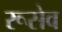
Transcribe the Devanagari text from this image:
रूसेव